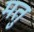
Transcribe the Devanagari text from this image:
मतु